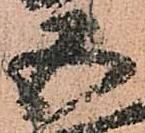
五